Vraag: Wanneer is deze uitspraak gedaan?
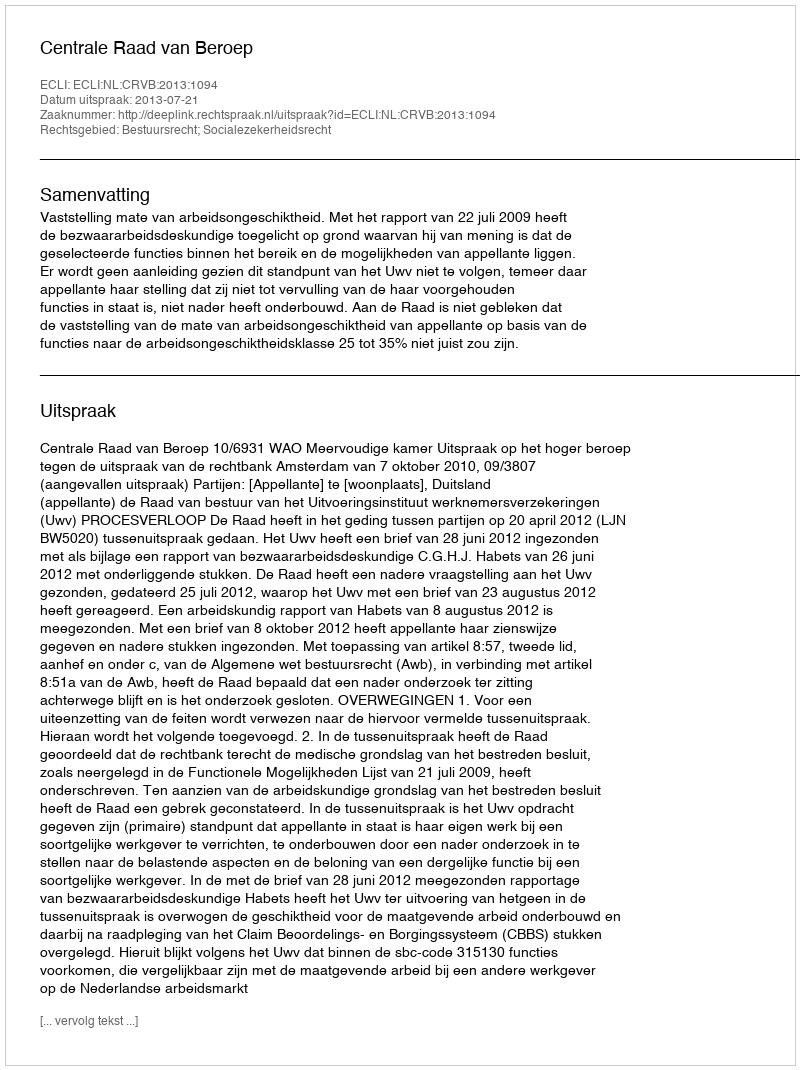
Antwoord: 2013-07-21